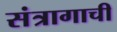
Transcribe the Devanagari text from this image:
संत्रागाची